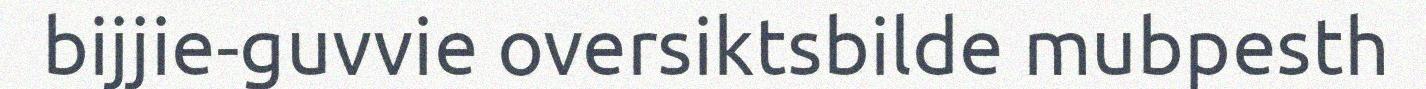
bijjie-guvvie oversiktsbilde mubpesth